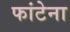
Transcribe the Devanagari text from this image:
फांटेना